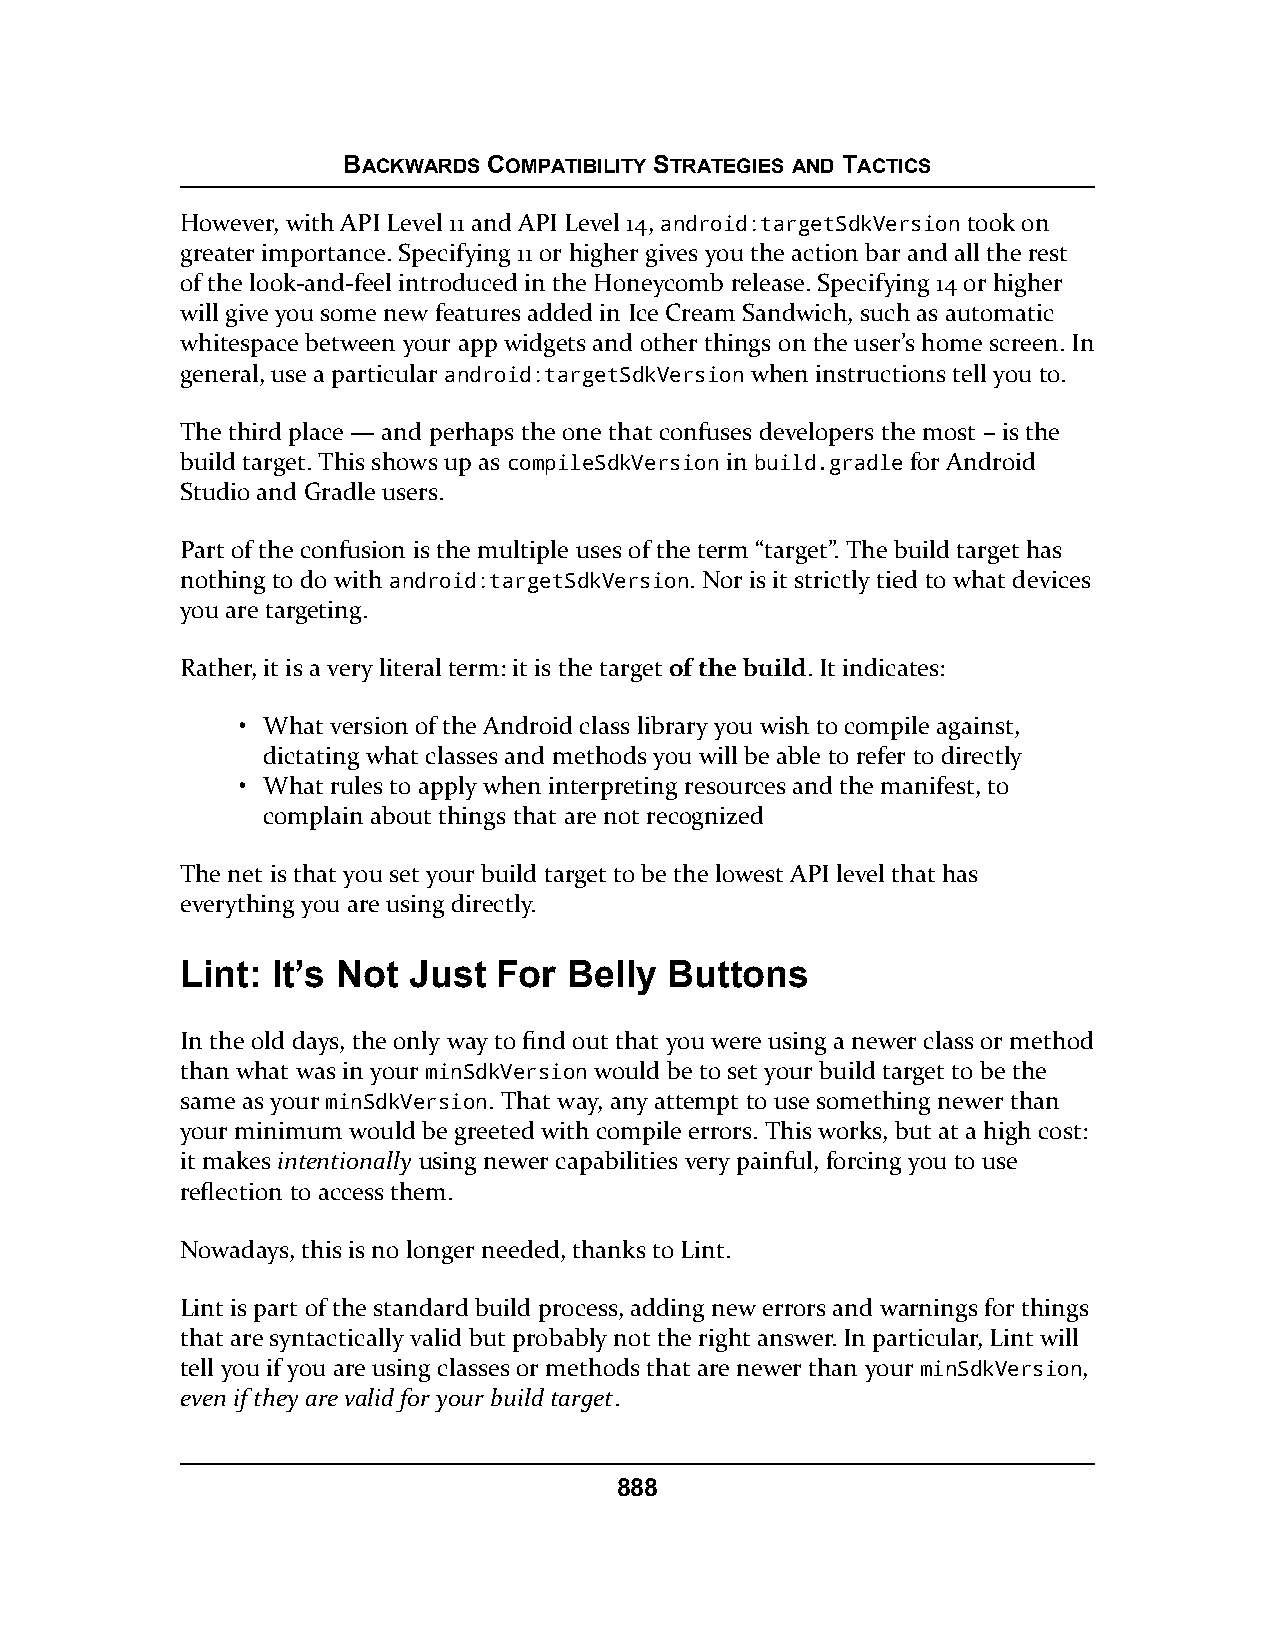
BACKWARDS COMPATIBILITY STRATEGIES AND TACTICS
 However, with API Level 11 and API Level 14, android:targetSdkVersion took on
 greater importance. Specifying 11 or higher gives you the action bar and all the rest
 of the look-and-feel introduced in the Honeycomb release. Specifying 14 or higher
 will give you some new features added in Ice Cream Sandwich, such as automatic
 whitespace between your app widgets and other things on the user’s home screen. In
 general, use a particular android:targetSdkVersion when instructions tell you to.
 The third place — and perhaps the one that confuses developers the most – is the
 build target. This shows up as compileSdkVersion in build.gradle for Android
 Studio and Gradle users.
 Part of the confusion is the multiple uses of the term “target”. The build target has
 nothing to do with android:targetSdkVersion. Nor is it strictly tied to what devices
 you are targeting.
 Rather, it is a very literal term: it is the target of the build. It indicates:
 • What version of the Android class library you wish to compile against,
 dictating what classes and methods you will be able to refer to directly
 • What rules to apply when interpreting resources and the manifest, to
 complain about things that are not recognized
 The net is that you set your build target to be the lowest API level that has
 everything you are using directly.
 Lint: It’s Not Just  For  Belly Buttons
 In the old days, the only way to find out that you were using a newer class or method
 than what was in your minSdkVersion would be to set your build target to be the
 same as your minSdkVersion. That way, any attempt to use something newer than
 your minimum would be greeted with compile errors. This works, but at a high cost:
 it makes intentionally using newer capabilities very painful, forcing you to use
 reflection to access them.
 Nowadays, this is no longer needed, thanks to Lint.
 Lint is part of the standard build process, adding new errors and warnings for things
 that are syntactically valid but probably not the right answer. In particular, Lint will
 tell you if you are using classes or methods that are newer than your minSdkVersion,
 even if they are valid for your build target.
 888